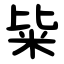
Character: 粊